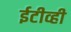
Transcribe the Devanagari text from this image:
ईटीव्ही